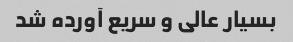
بسیار عالی و سریع آورده شد